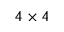
4 \times 4